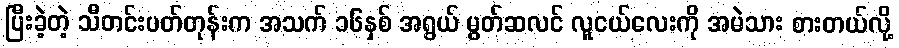
ပြီးခဲ့တဲ့ သီတင်းပတ်တုန်းက အသက် ၁၆နှစ် အရွယ် မွတ်ဆလင် လူငယ်လေးကို အမဲသား စားတယ်လို့